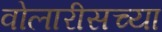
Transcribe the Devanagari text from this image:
वोलारीसच्या